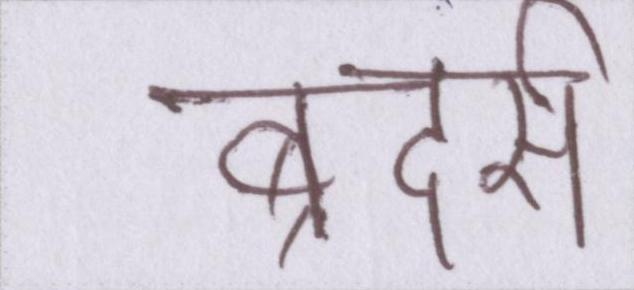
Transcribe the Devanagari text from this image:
ब्रदर्स